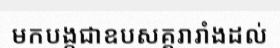
មកបង្កជាឧបសគ្គរារាំងដល់